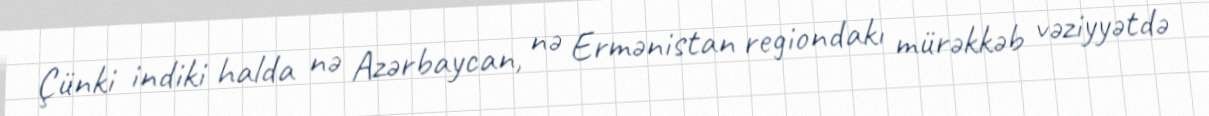
Çünki indiki halda nə Azərbaycan, nə Ermənistan regiondakı mürəkkəb vəziyyətdə